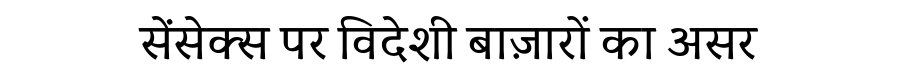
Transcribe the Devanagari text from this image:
सेंसेक्स पर विदेशी बाज़ारों का असर